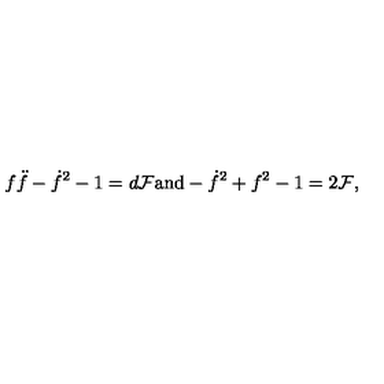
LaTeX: f \ddot { f } - \dot { f } ^ { 2 } - 1 = d { \cal F } \mathrm { a n d } - \dot { f } ^ { 2 } + f ^ { 2 } - 1 = 2 { \cal F } ,